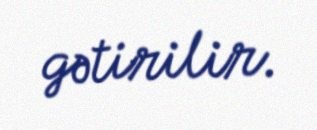
gətirilir.